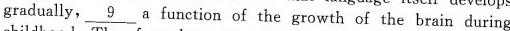
gradually, \underline{9} a function of the growth of the brain during